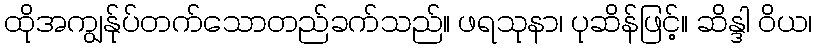
ထိုအကျွန်ုပ်တက်သောတည်ခက်သည်။ ဖရသုနာ၊ ပုဆိန်ဖြင့်။ ဆိန္ဒါ ဝိယ၊